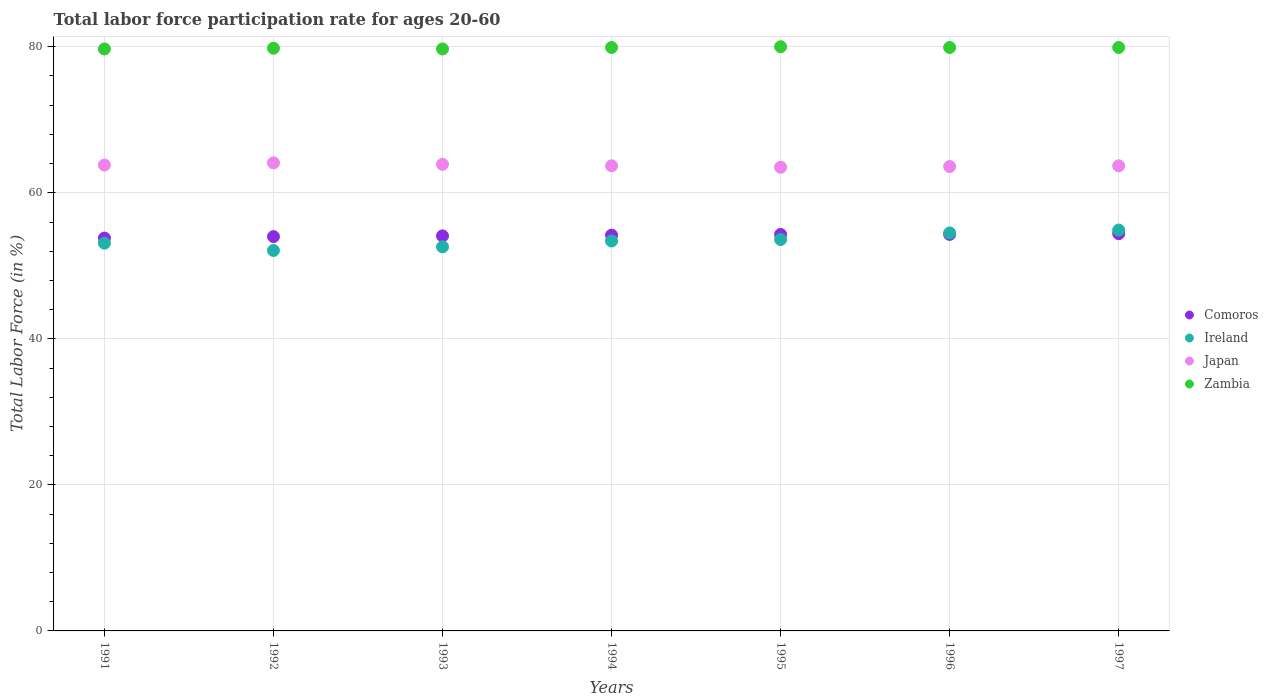
| Years | Comoros | Ireland | Japan | Zambia |
 | --- | --- | --- | --- | --- |
 | 1991 | 53.8 | 53.1 | 63.8 | 79.7 |
 | 1992 | 54 | 52.1 | 64.1 | 79.8 |
 | 1993 | 54.1 | 52.6 | 63.9 | 79.7 |
 | 1994 | 54.2 | 53.4 | 63.7 | 79.9 |
 | 1995 | 54.3 | 53.6 | 63.5 | 80 |
 | 1996 | 54.3 | 54.5 | 63.6 | 79.9 |
 | 1997 | 54.4 | 54.9 | 63.7 | 79.9 |